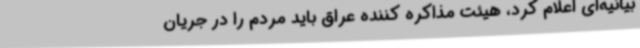
بیانیه‌ای اعلام کرد، هیئت مذاکره کننده عراق باید مردم را در جریان